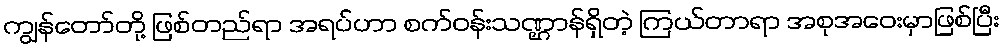
ကျွန်တော်တို့ ဖြစ်တည်ရာ အရပ်ဟာ စက်ဝန်းသဏ္ဌာန်ရှိတဲ့ ကြယ်တာရာ အစုအဝေးမှာဖြစ်ပြီး